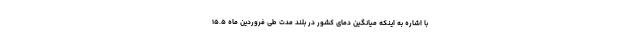
با اشاره به اینکه میانگین دمای کشور در بلند مدت طی فروردین ماه ۱۵.۵